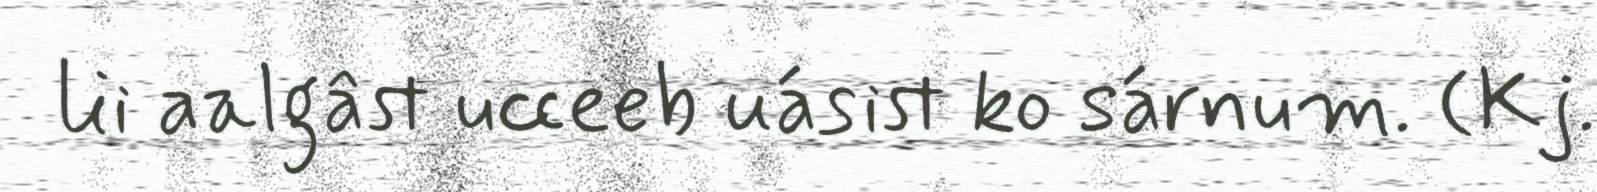
lii aalgâst ucceeb uásist ko sárnum. (Kj.